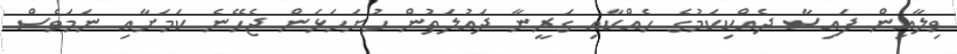
ވިލާއިން ފައިސާ ދެއްކިކަމުގެ ހެއްކާއި ގަރީނާ ދައުލަތުން ހުށަހަޅަން ޖެހޭނެ ކަމަށާއި ނަމަވެސް